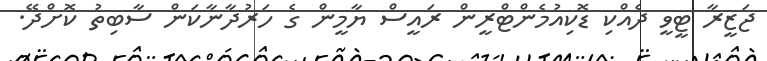
ޖަޒީރާ ޓީވީ ދެއްކި ޑޮކިއުމެންޓްރީން ރައީސް ޔާމީން ގެ ހަރުދާނާކަން ސާބިތު ކޮށްދޭ.